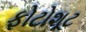
ફોટોશૂટ